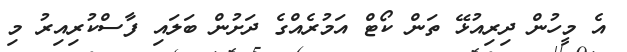
އެ މީހުން ދިރިއުޅޭ ތަން ކޯޓް އަމުރެއްގެ ދަށުން ބަލައި ފާސްކުރިއިރު މި